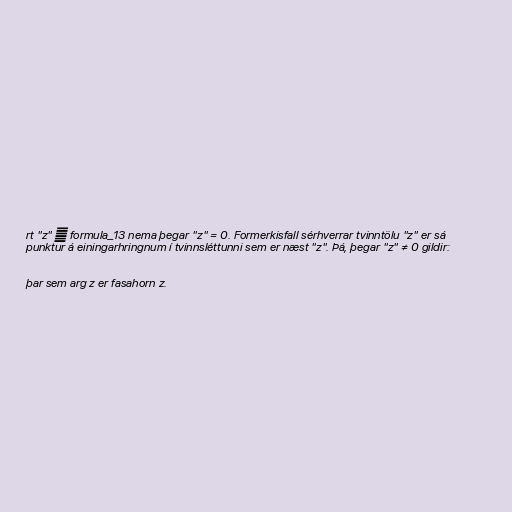
rt "z" ∈ formula_13 nema þegar "z" = 0. Formerkisfall sérhverrar tvinntölu "z" er sá
punktur á einingarhringnum í tvinnsléttunni sem er næst "z". Þá, þegar "z" ≠ 0 gildir:

þar sem arg z er fasahorn z.